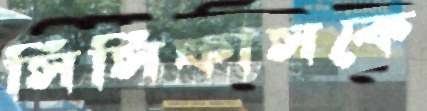
সিসিফাসকে